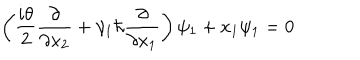
LaTeX: \left( \frac { i \theta } { 2 } \frac { \partial } { \partial x _ { 2 } } + \gamma _ { 1 } \hbar \frac { \partial } { \partial x _ { 1 } } \right) \psi _ { 1 } + x _ { 1 } \psi _ { 1 } = 0